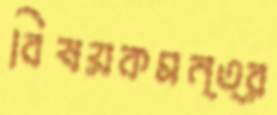
বিষয়কমন্ত্র